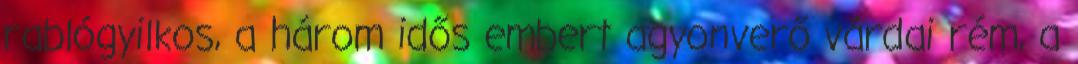
rablógyilkos, a három idős embert agyonverő várdai rém, a